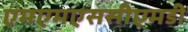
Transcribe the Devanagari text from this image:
एमएमएससीएमडी